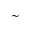
\sim